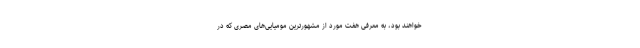
خواهند بود، به معرفی هفت مورد از مشهورترین مومیایی‌های مصری که در